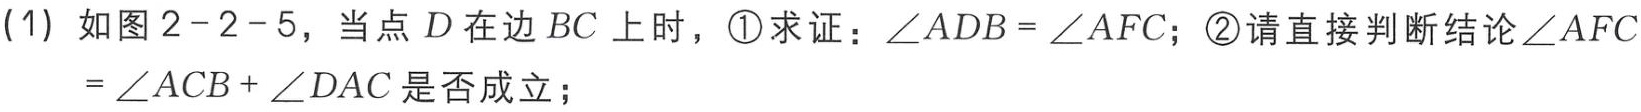
(1) 如图2 - 2 - 5，当点\(D\)在边\(BC\)上时，\textcircled{1}求证：\(\angle ADB=\angle AFC\)；\textcircled{2}请直接判断结论\(\angle AFC = \angle ACB+\angle DAC\)是否成立；